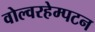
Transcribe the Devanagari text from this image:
वोल्वरहेम्पटन